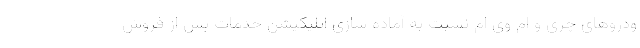
ودروهای چری و ام وی ام نسبت به آماده سازی اپلیکیشن خدمات پس از فروش